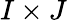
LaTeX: I\times J